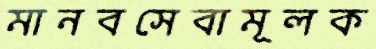
মানবসেবামূলক